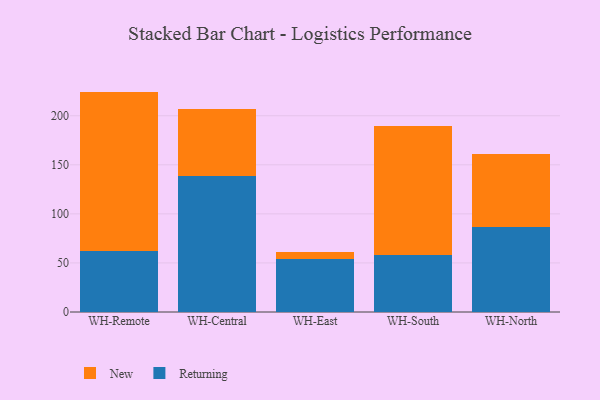
{"axis": {"x": "Warehouse", "y": "Customer Acquisition Cost (USD)"}, "legend": ["New", "Returning"], "data": [{"x": "WH-Remote", "y": 61.8, "type": "Returning"}, {"x": "WH-Remote", "y": 162.8, "type": "New"}, {"x": "WH-Central", "y": 138.3, "type": "Returning"}, {"x": "WH-Central", "y": 68.6, "type": "New"}, {"x": "WH-East", "y": 54.2, "type": "Returning"}, {"x": "WH-East", "y": 7.1, "type": "New"}, {"x": "WH-South", "y": 58.4, "type": "Returning"}, {"x": "WH-South", "y": 130.8, "type": "New"}, {"x": "WH-North", "y": 86.4, "type": "Returning"}, {"x": "WH-North", "y": 74.9, "type": "New"}]}